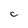
Character: C